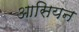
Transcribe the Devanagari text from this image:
आसियन